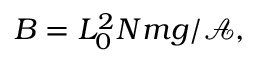
B = L _ { 0 } ^ { 2 } N m g / \mathcal { A } ,